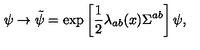
\psi \to \tilde { \psi } = \exp \left[ \frac { 1 } { 2 } \lambda _ { a b } ( x ) \Sigma ^ { a b } \right] \psi ,